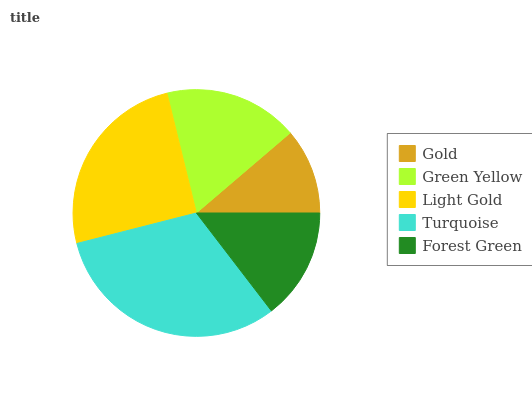
| Gold | Green Yellow | Light Gold | Turquoise | Forest Green |
 | --- | --- | --- | --- | --- |
 | 11.3% | 17.5% | 25.1% | 31.5% | 14.6% |